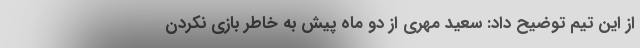
از این تیم توضیح داد: سعید مهری از دو ماه پیش به خاطر بازی نکردن